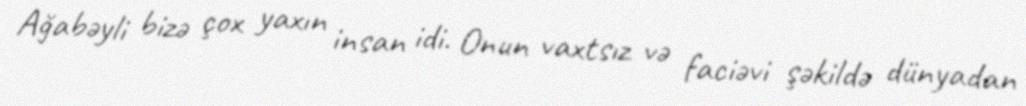
Ağabəyli bizə çox yaxın insan idi. Onun vaxtsız və faciəvi şəkildə dünyadan